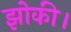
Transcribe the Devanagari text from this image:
झोकी।